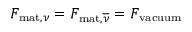
{ \cal F } _ { \mathrm { m a t } , \nu } = { \cal F } _ { \mathrm { m a t } , \overline { { { \nu } } } } = { \cal F } _ { \mathrm { v a c u u m } }